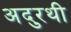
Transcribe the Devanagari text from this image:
अदुरथी